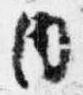
内